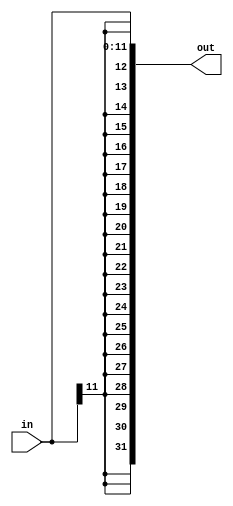
module sx_12(out,in);
	output[31:0] out;
	input[11:0] in;
	
	genvar c;
	generate
		for (c = 31; c >= 12; c = c - 1) begin: loop1
			 assign out[c] = in[11];
		end
	endgenerate
	
	generate
		for (c = 11; c >= 0; c = c - 1) begin: loop2
			 assign out[c] = in[c];
		end
	endgenerate
	
endmodule